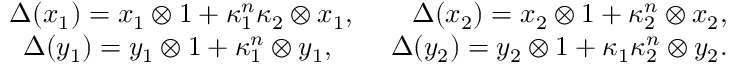
\begin{array} { r } { \Delta ( x _ { 1 } ) = x _ { 1 } \otimes 1 + \kappa _ { 1 } ^ { n } \kappa _ { 2 } \otimes x _ { 1 } , \qquad \Delta ( x _ { 2 } ) = x _ { 2 } \otimes 1 + \kappa _ { 2 } ^ { n } \otimes x _ { 2 } , } \\ { \Delta ( y _ { 1 } ) = y _ { 1 } \otimes 1 + \kappa _ { 1 } ^ { n } \otimes y _ { 1 } , \qquad \Delta ( y _ { 2 } ) = y _ { 2 } \otimes 1 + \kappa _ { 1 } \kappa _ { 2 } ^ { n } \otimes y _ { 2 } . } \end{array}